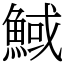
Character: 䱛